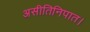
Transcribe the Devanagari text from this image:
असीतिनिपात।